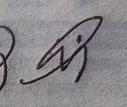
Signature authenticity: genuine